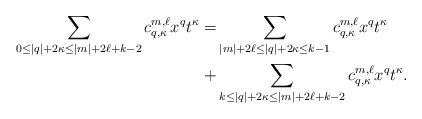
\begin{align*}\sum_{0\le |q|+2\kappa\le |m|+2\ell + k - 2} c^{m ,\ell}_{q,\kappa} x^q t^\kappa = & \sum_{|m| + 2\ell \leq |q| + 2\kappa \leq k-1} c^{m ,\ell}_{q,\kappa} x^q t^\kappa\\+ & \sum_{k\le |q|+2\kappa\le |m|+2\ell + k - 2} c^{m ,\ell}_{q,\kappa} x^q t^\kappa. \end{align*}